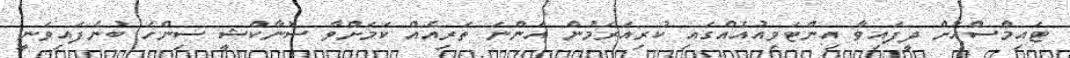
ޓައިމްސްއަށް ދީފައިވާ އިންޓަވިއުއެއްގައި ކުރިއަރަމުން އަންނަ ތަރިއެއް ކަމަށްވާ ސޮނާކްޝީ ސިންހަ ބުނެފައިވަނީ